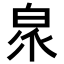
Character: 𭽖